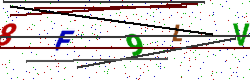
Text: 8F9LV